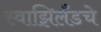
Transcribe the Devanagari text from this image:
स्वाझिलँडचे